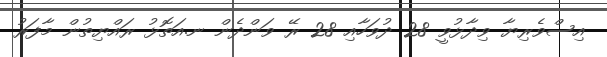
އިސްވެރިޔާ ވިދާޅުވީ 28 ދުވަހާއި 28 ރޭ ވަންދެން ނ.އަތޮޅު ރައްޔިތުން މާފަރު